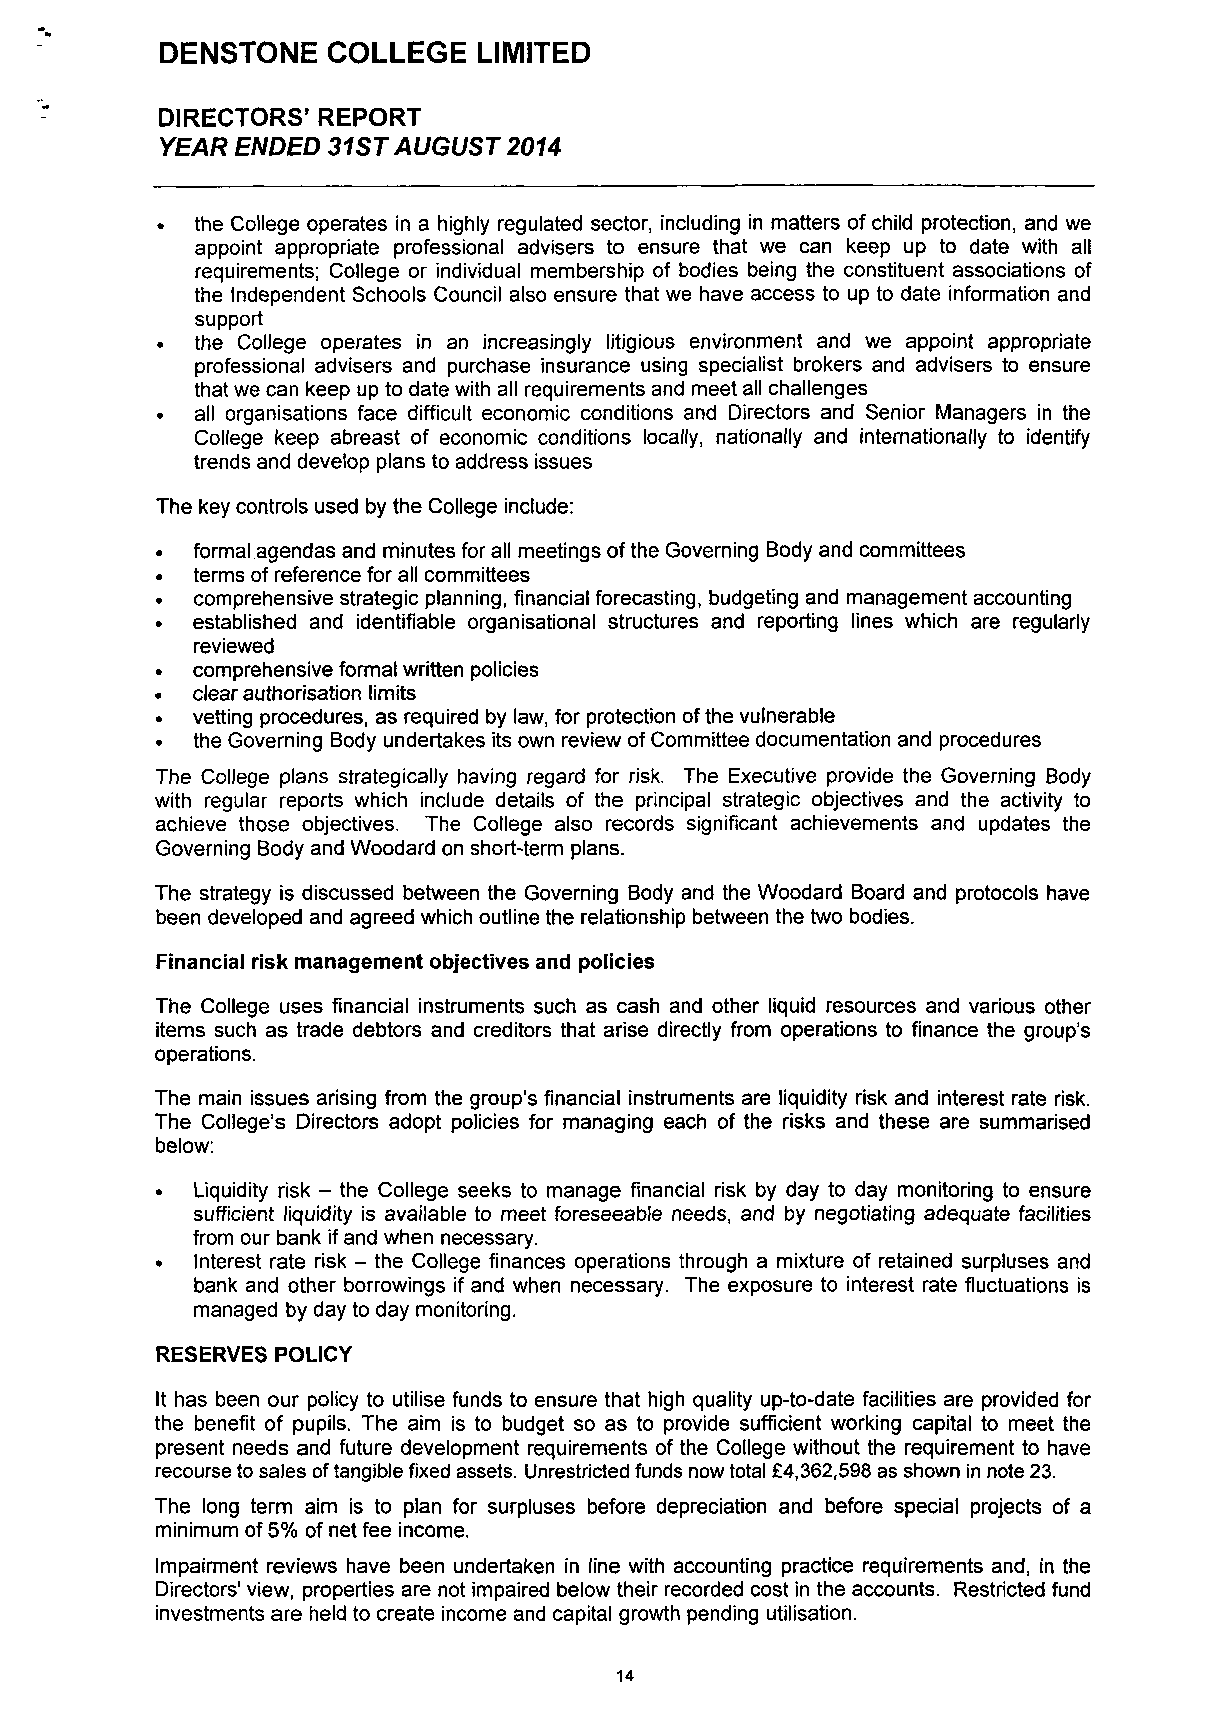
DENSTONE   COLLEGE  LIMITED
 DIRECTORS' REPORT
 YEAR ENDED 31 ST AUGUST 2014
 the College operates in a highly regulated sector, including in matters of child protection, and we
 appoint appropriate professional advisers to ensure that we can keep up to date with all
 requirements; College or individual membership of bodies being the constituent associations of
 the Independent Schools Council also ensure that we have access to up to date information and
 support
 «  the College operates in an increasingly litigious environment and we appoint appropriate
 professional advisers and purchase insurance using specialist brokers and advisers to ensure
 that we can keep up to date with all requirements and meet all challenges
 all organisations face difficult economic conditions and Directors and Senior Managers in the
 College keep abreast of economic conditions locally, nationally and internationally to identify
 trends and develop plans to address issues
 The key controls used by the College include:
 •  formal agendas and minutes for all meetings of the Governing Body and committees
 •  terms of reference for all committees
 •  comprehensive strategic planning, financial forecasting, budgeting and management accounting
 •  established and identifiable organisational structures and reporting lines which are regularly
 reviewed
 •  comprehensive formal written policies
 •  clear authorisation limits
 •  vetting procedures, as required by law, for protection of the vulnerable
 the Governing Body undertakes its own review of Committee documentation and procedures
 The College plans strategically having regard for risk. The Executive provide the Governing Body
 with regular reports which include details of the principal strategic objectives and the activity to
 achieve those objectives. The College also records significant achievements and updates the
 Governing Body and Woodard on short-term plans.
 The strategy is discussed between the Governing Body and the Woodard Board and protocols have
 been developed and agreed which outline the relationship between the two bodies.
 Financial risk management objectives and policies
 The College uses financial instruments such as cash and other liquid resources and various other
 items such as trade debtors and creditors that arise directly from operations to finance the group's
 operations.
 The main issues arising from the group's financial instruments are liquidity risk and interest rate risk.
 The College's Directors adopt policies for managing each of the risks and these are summarised
 below:
 •  Liquidity risk - the College seeks to manage financial risk by day to day monitoring to ensure
 sufficient liquidity is available to meet foreseeable needs, and by negotiating adequate facilities
 from our bank if and when necessary.
 •  Interest rate risk - the College finances operations through a mixture of retained surpluses and
 bank and other borrowings if and when necessary. The exposure to interest rate fluctuations is
 managed by day to day monitoring.
 RESERVES POLICY
 It has been our policy to utilise funds to ensure that high quality up-to-date facilities are provided for
 the benefit of pupils. The aim is to budget so as to provide sufficient working capital to meet the
 present needs and future development requirements of the College without the requirement to have
 recourse to sales of tangible fixed assets. Unrestricted funds now total £4,362,598 as shown in note 23.
 The long term aim is to plan for surpluses before depreciation and before special projects of a
 minimum of 5% of net fee income.
 Impairment reviews have been undertaken in line with accounting practice requirements and, in the
 Directors' view, properties are not impaired below their recorded cost in the accounts. Restricted fund
 investments are held to create income and capital growth pending utilisation.
 14